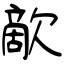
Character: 歒